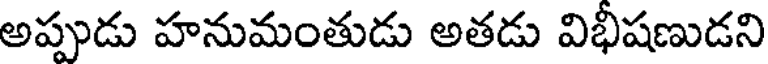
అప్పుడు హనుమంతుడు అతడు విభీషణుడని